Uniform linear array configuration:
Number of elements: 12
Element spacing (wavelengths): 0.5
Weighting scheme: exponential
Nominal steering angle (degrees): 0
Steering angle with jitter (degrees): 0.08822
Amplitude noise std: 0.05
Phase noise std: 0.05

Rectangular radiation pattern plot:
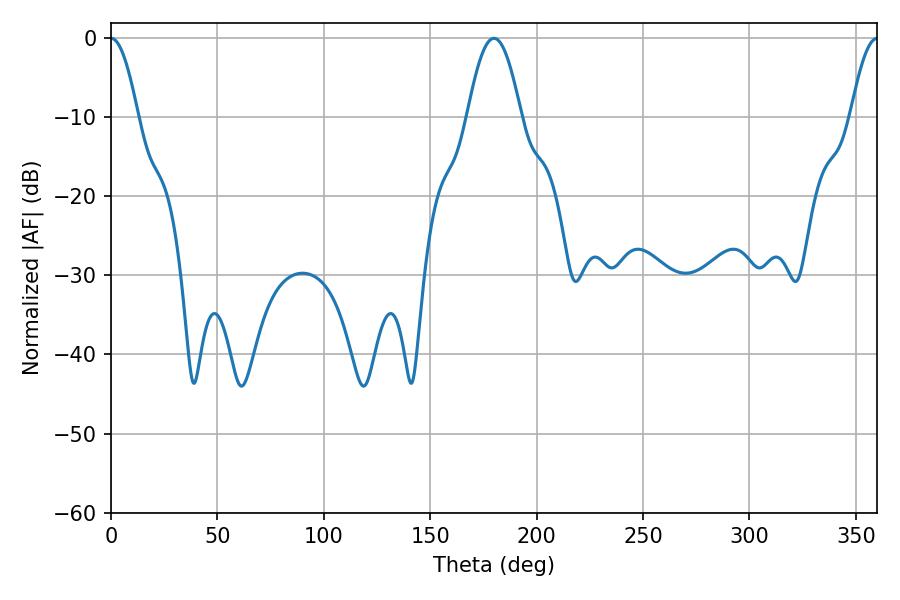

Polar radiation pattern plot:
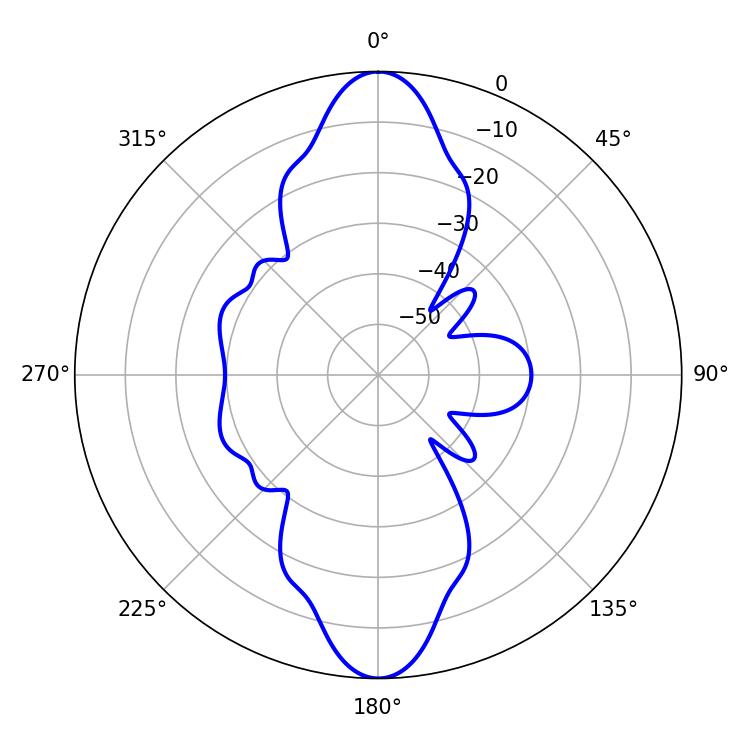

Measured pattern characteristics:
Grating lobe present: FALSE
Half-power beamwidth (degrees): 6.84
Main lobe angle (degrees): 0